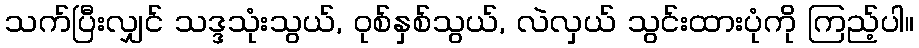
သက်ပြီးလျှင် သဒ္ဒသုံးသွယ်, ဝုစ်နှစ်သွယ်, လဲလှယ် သွင်းထားပုံကို ကြည့်ပါ။